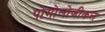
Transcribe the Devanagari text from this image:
पोमोलोजीकल